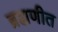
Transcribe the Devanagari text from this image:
ब्रह्मणीत